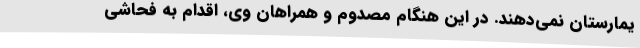
یمارستان نمی‌دهند. در این هنگام مصدوم و همراهان وی، اقدام به فحاشی